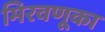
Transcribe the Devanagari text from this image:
मिरवणूका